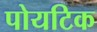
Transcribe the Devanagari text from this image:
पोयटिक